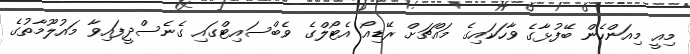
މިއީ މިއަންހެން ބޭފުޅާގެ ވާހަކައިގެ މައްޗަށް ރޭޑިއޯ އެޓޯލްގެ ވެބްސައިޓްގައި ގެނެސްދީފައިވާ މައުލޫމާތުގެ